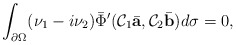
\begin{align*}\int_{\partial\Omega}(\nu_1-i\nu_2)\bar\Phi'(\mathcal C_1\bar{\mbox{\bf a}},\mathcal C_2\bar{\mbox{\bf b}})d\sigma=0,\end{align*}